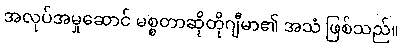
အလုပ်အမှုဆောင် မစ္စတာဆိုတိုဂျီမာ၏ အသံ ဖြစ်သည်။